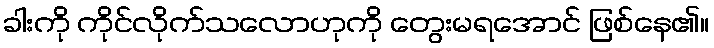
ခါးကို ကိုင်လိုက်သလောဟုကို တွေးမရအောင် ဖြစ်နေ၏။